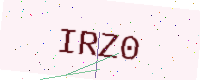
Text: IRZ0